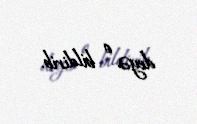
deyə o bildirib.